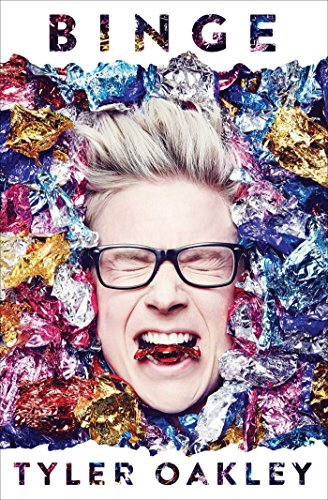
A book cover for Binge; Tyler Oakley; Humor & Entertainment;